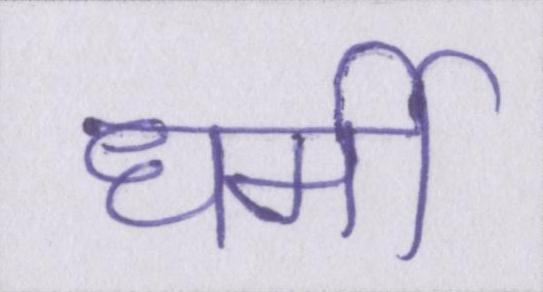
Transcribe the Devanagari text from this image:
धर्मी